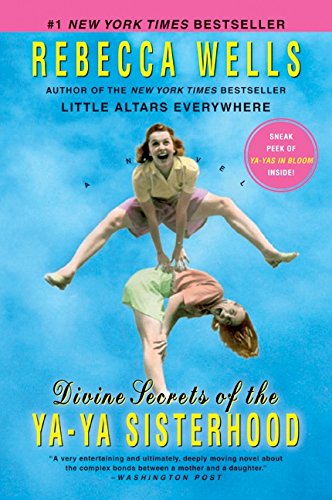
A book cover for Divine Secrets of the Ya-Ya Sisterhood: A Novel (The Ya-Ya Series); Rebecca Wells; Literature & Fiction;